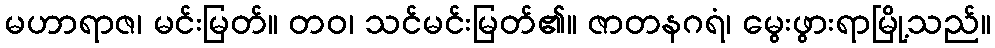
မဟာရာဇ၊ မင်းမြတ်။ တဝ၊ သင်မင်းမြတ်၏။ ဇာတနဂရံ၊ မွေးဖွားရာမြို့သည်။